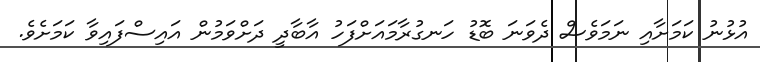
އުޅުނު ކަމަށާއި ނަމަވެސް ދެވަނަ ބޮޑު ހަނގުރާމައަށްފަހު އާބާދީ ދަށްވަމުން އައިސްފައިވާ ކަމަށެވެ.